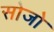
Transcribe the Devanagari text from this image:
सोजो